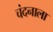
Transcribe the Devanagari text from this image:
चंदनाला